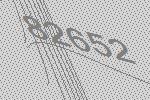
82652